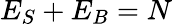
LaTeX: E_{S}+E_{B}=N